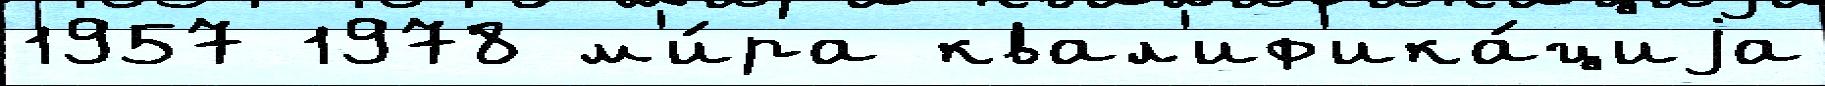
1957 1978 м'и́ра квал'иф'ика́циjа